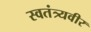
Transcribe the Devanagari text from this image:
स्वतंत्र्यवीर